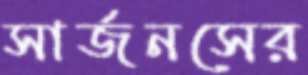
সার্জনসের